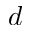
d